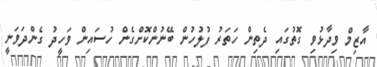
އާޒިމް ވިދާޅުވި ގޮތުގައި ދެތިން ހަތަރު ފުލުހުން ބޭނުންކޮށްގެން ހުސައިން ވަހީދު ގެންދަވަނީ